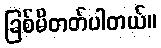
ခြစ်မိတတ်ပါတယ်။